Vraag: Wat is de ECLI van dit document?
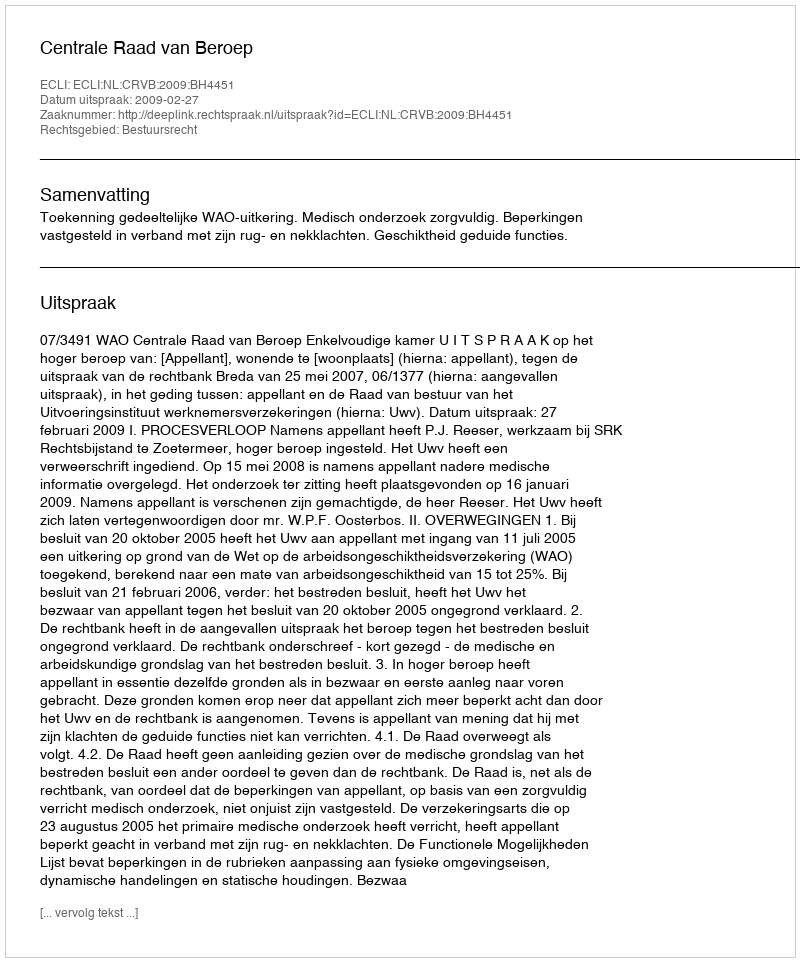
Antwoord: ECLI:NL:CRVB:2009:BH4451